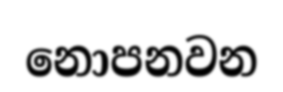
නොපනවන